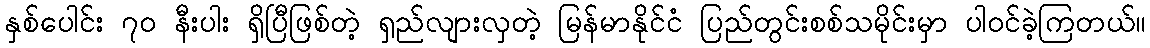
နှစ်ပေါင်း ၇၀ နီးပါး ရှိပြီဖြစ်တဲ့ ရှည်လျားလှတဲ့ မြန်မာနိုင်ငံ ပြည်တွင်းစစ်သမိုင်းမှာ ပါဝင်ခဲ့ကြတယ်။